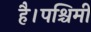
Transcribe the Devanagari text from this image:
है।पश्चिमी